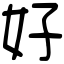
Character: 好